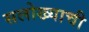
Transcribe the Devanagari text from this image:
सलोख्याची